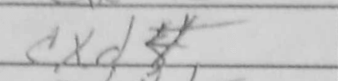
Transcription: cxd4